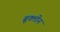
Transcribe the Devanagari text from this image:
ब्रूक्लीन